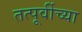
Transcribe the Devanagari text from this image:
तत्पूर्वीच्या